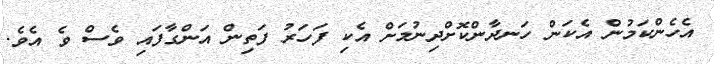
އެހެންކަމުން އެކަން ހަނދާންކޮށްދިނުމަށް އެކި ފަހަރު ފަތިން އަންގާފައި ވެސް ވެ އެވެ.